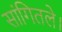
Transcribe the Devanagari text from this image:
सांगितले।